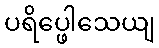
ပရိပ္ဖေါသေယျ